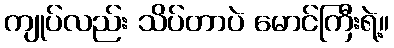
ကျုပ်လည်း သိပ်တာပဲ မောင်ကြီးရဲ့။